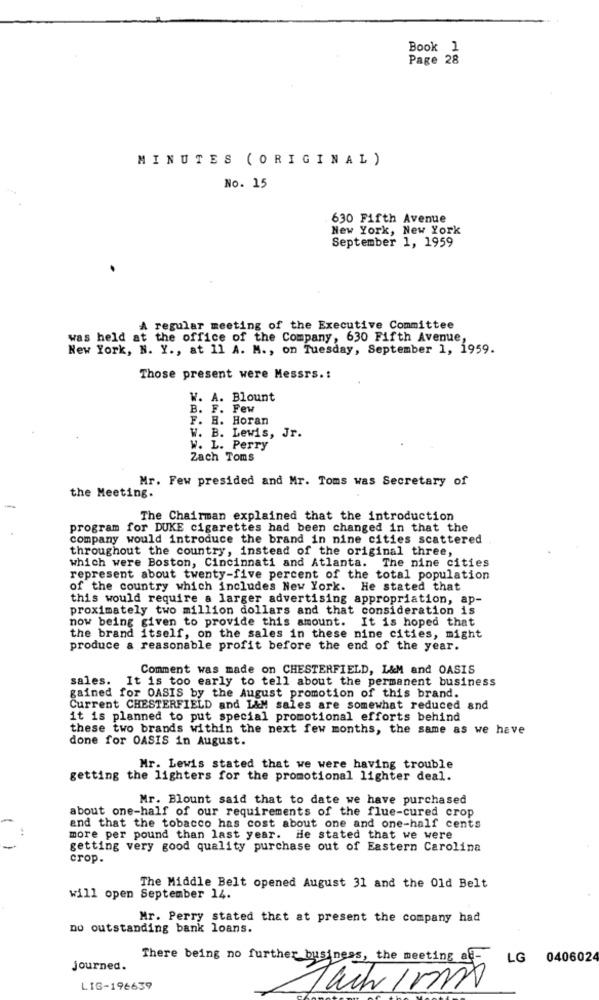
Book 1
Page 28
MINUTES ( ORIGINAL)
No. 15
630 Fifth Avenue
New York, New York
September 1, 1959
A regular meeting of the Executive Committee
was held at the office of the Company, 630 Fifth Avenue,
New York, N. Y ., at 11 A. M ., on Tuesday, September 1, 1959.
Those present were Messrs .:
W. A. Blount
B. F. Few
F. H. Horan
W. B. Lewis, Jr.
W. L. Perry
Zach Toms
Mr. Few presided and Mr. Toms was Secretary of
the Meeting.
The Chairman explained that the introduction
program for DUKE cigarettes had been changed in that the
company would introduce the brand in nine cities scattered
throughout the country, instead of the original three,
which were Boston, Cincinnati and Atlanta. The nine cities
represent about twenty-five percent of the total population
of the country which includes New York. He stated that
this would require a larger advertising appropriation, ap-
proximately two million dollars and that consideration is
now being given to provide this amount. It is hoped that
the brand itself, on the sales in these nine cities, might
produce a reasonable profit before the end of the year.
Comment was made on CHESTERFIELD, L&M and OASIS
sales. It is too early to tell about the permanent business
gained for OASIS by the August promotion of this brand.
Current CHESTERFIELD and L&M sales are somewhat reduced and
it is planned to put special promotional efforts behind
these two brands within the next few months, the same as we have
done for OASIS in August.
Mr. Lewis stated that we were having trouble
getting the lighters for the promotional lighter deal.
Mr. Blount said that to date we have purchased
about one-half of our requirements of the flue-cured crop
and that the tobacco has cost about one and one-half cents
more per pound than last year. He stated that we were
getting very good quality purchase out of Eastern Carolina
crop.
The Middle Belt opened August 31 and the Old Belt
will open September 14.
Mr. Perry stated that at present the company had
no outstanding bank loans.
There being no further business, the meeting ad-
LG 040602
journed.
LIG-196639
Tachira